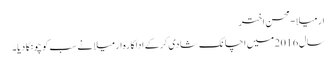
ارمیلا-محسن اختر
سال 2016میں اچانک شادی کرکے اداکارہ ارمیلا نے سب کو چونکا دیا۔